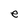
Character: e